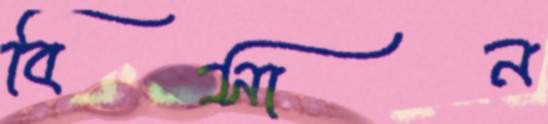
বিসান